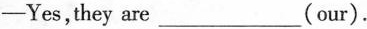
-Yes,they are___(our).